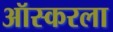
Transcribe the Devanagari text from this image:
ऑस्करला